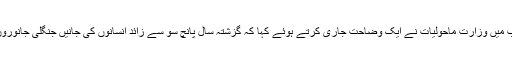
ان کے اعتراض کے جواب میں وزارت ماحولیات نے ایک وضاحت جاری کرتے ہوئے کہا کہ گزشتہ سال پانچ سو سے زائد انسانوں کی جانیں جنگلی جانوروں کے ہاتھوں ضائع ہوئیں۔